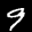
Label: 9